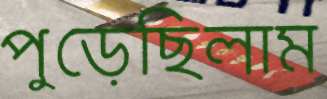
পুড়েছিলাম